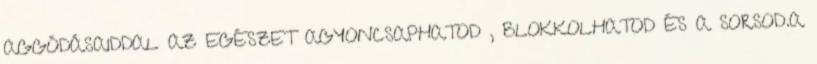
AGGÓDÁSAIDDAL AZ EGÉSZET AGYONCSAPHATOD , BLOKKOLHATOD ÉS A SORSOD.A